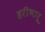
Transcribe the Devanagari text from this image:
हरीभारू